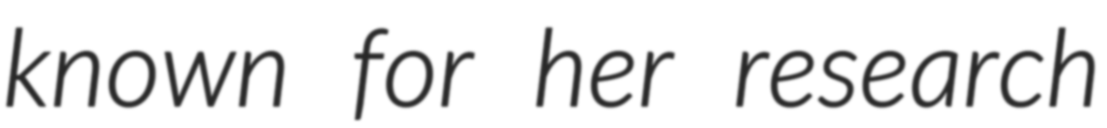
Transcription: known for her research